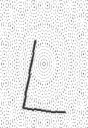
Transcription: L